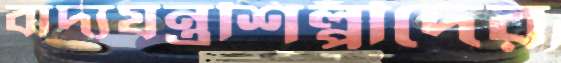
বাদ্যযন্ত্রশিল্পীদের